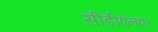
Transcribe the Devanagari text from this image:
सीडीएनए।